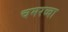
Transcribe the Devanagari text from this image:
चमरव्‍वा